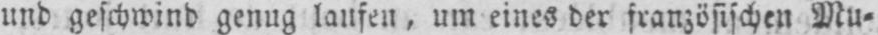
und geschwind genug laufen, um eines der französischen Mu⸗